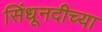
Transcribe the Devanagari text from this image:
सिंधूनदीच्या